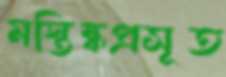
মস্তিষ্কপ্রসূত